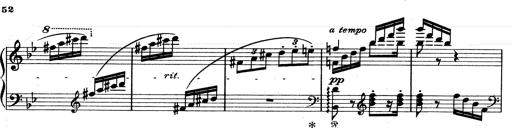
Title: Aus Lohengrin
Composer: Franz Liszt